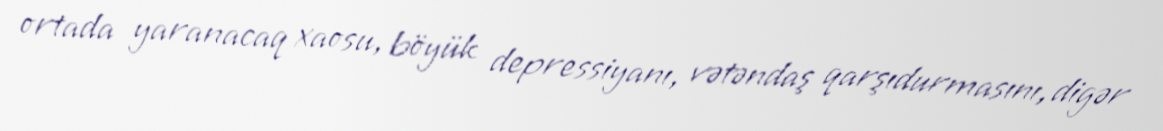
ortada yaranacaq xaosu, böyük depressiyanı, vətəndaş qarşıdurmasını, digər